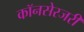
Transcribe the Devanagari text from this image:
कॉनसेरजरी